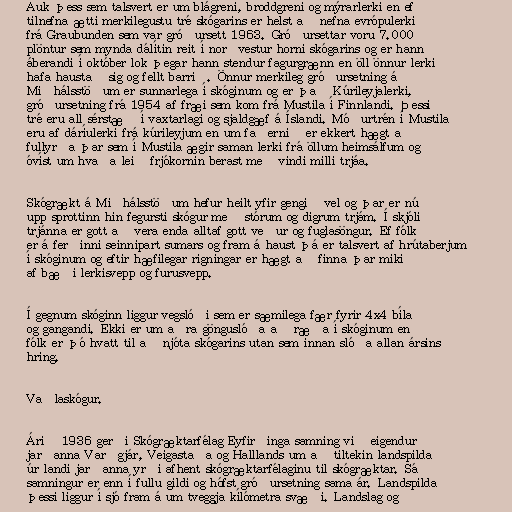
Auk þess sem talsvert er um blágreni, broddgreni og mýrarlerki en ef
tilnefna ætti merkilegustu tré skógarins er helst að nefna evrópulerki
frá Graubunden sem var gróðursett 1963. Gróðursettar voru 7.000
plöntur sem mynda dálítin reit í norðvestur horni skógarins og er hann
áberandi í október lok þegar hann stendur fagurgrænn en öll önnur lerki
hafa haustað sig og fellt barrið. Önnur merkileg gróðursetning á
Miðhálsstöðum er sunnarlega í skóginum og er það Kúrileyjalerki,
gróðursetning frá 1954 af fræi sem kom frá Mustila í Finnlandi. Þessi
tré eru all sérstæð í vaxtarlagi og sjaldgæf á Íslandi. Móðurtrén í Mustila
eru af dáríulerki frá kúrileyjum en um faðernið er ekkert hægt að
fullyrða þar sem í Mustila ægir saman lerki frá öllum heimsálfum og
óvíst um hvaða leið frjókornin berast með vindi milli trjáa.

Skógrækt á Miðhálsstöðum hefur heilt yfir gengið vel og þar er nú
upp sprottinn hin fegursti skógur með stórum og digrum trjám. Í skjóli
trjánna er gott að vera enda alltaf gott veður og fuglasöngur. Ef fólk
er á ferðinni seinnipart sumars og fram á haust þá er talsvert af hrútaberjum
í skóginum og eftir hæfilegar rigningar er hægt að finna þar mikið
af bæði lerkisvepp og furusvepp.

Í gegnum skóginn liggur vegslóði sem er sæmilega fær fyrir 4x4 bíla
og gangandi. Ekki er um aðra gönguslóða að ræða í skóginum en
fólk er þó hvatt til að njóta skógarins utan sem innan slóða allan ársins
hring.

Vaðlaskógur.

Árið 1936 gerði Skógræktarfélag Eyfirðinga samning við eigendur
jarðanna Varðgjár, Veigastaða og Halllands um að tiltekin landspilda
úr landi jarðanna yrði afhent skógræktarfélaginu til skógræktar. Sá
samningur er enn í fullu gildi og hófst gróðursetning sama ár. Landspilda
þessi liggur í sjó fram á um tveggja kílómetra svæði. Landslag og